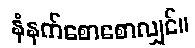
နံနက်စောစောလျှင်။